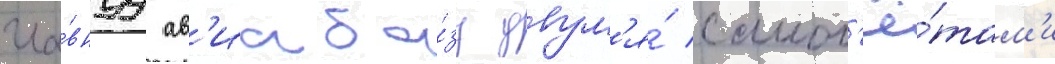
гла́внуу ав'иаба́зу двум'я́ самол'ё́там'и